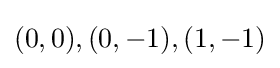
(0,0),(0,-1),(1,-1)